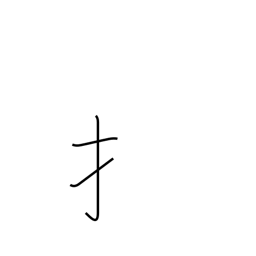
Meaning: hand radical (no. 64)